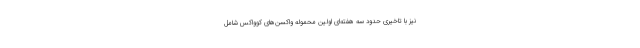
نیز با تاخیری حدود سه هفته‌ای اولین محموله واکسن‌های کوواکس شامل